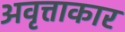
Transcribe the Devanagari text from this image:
अवृत्ताकार